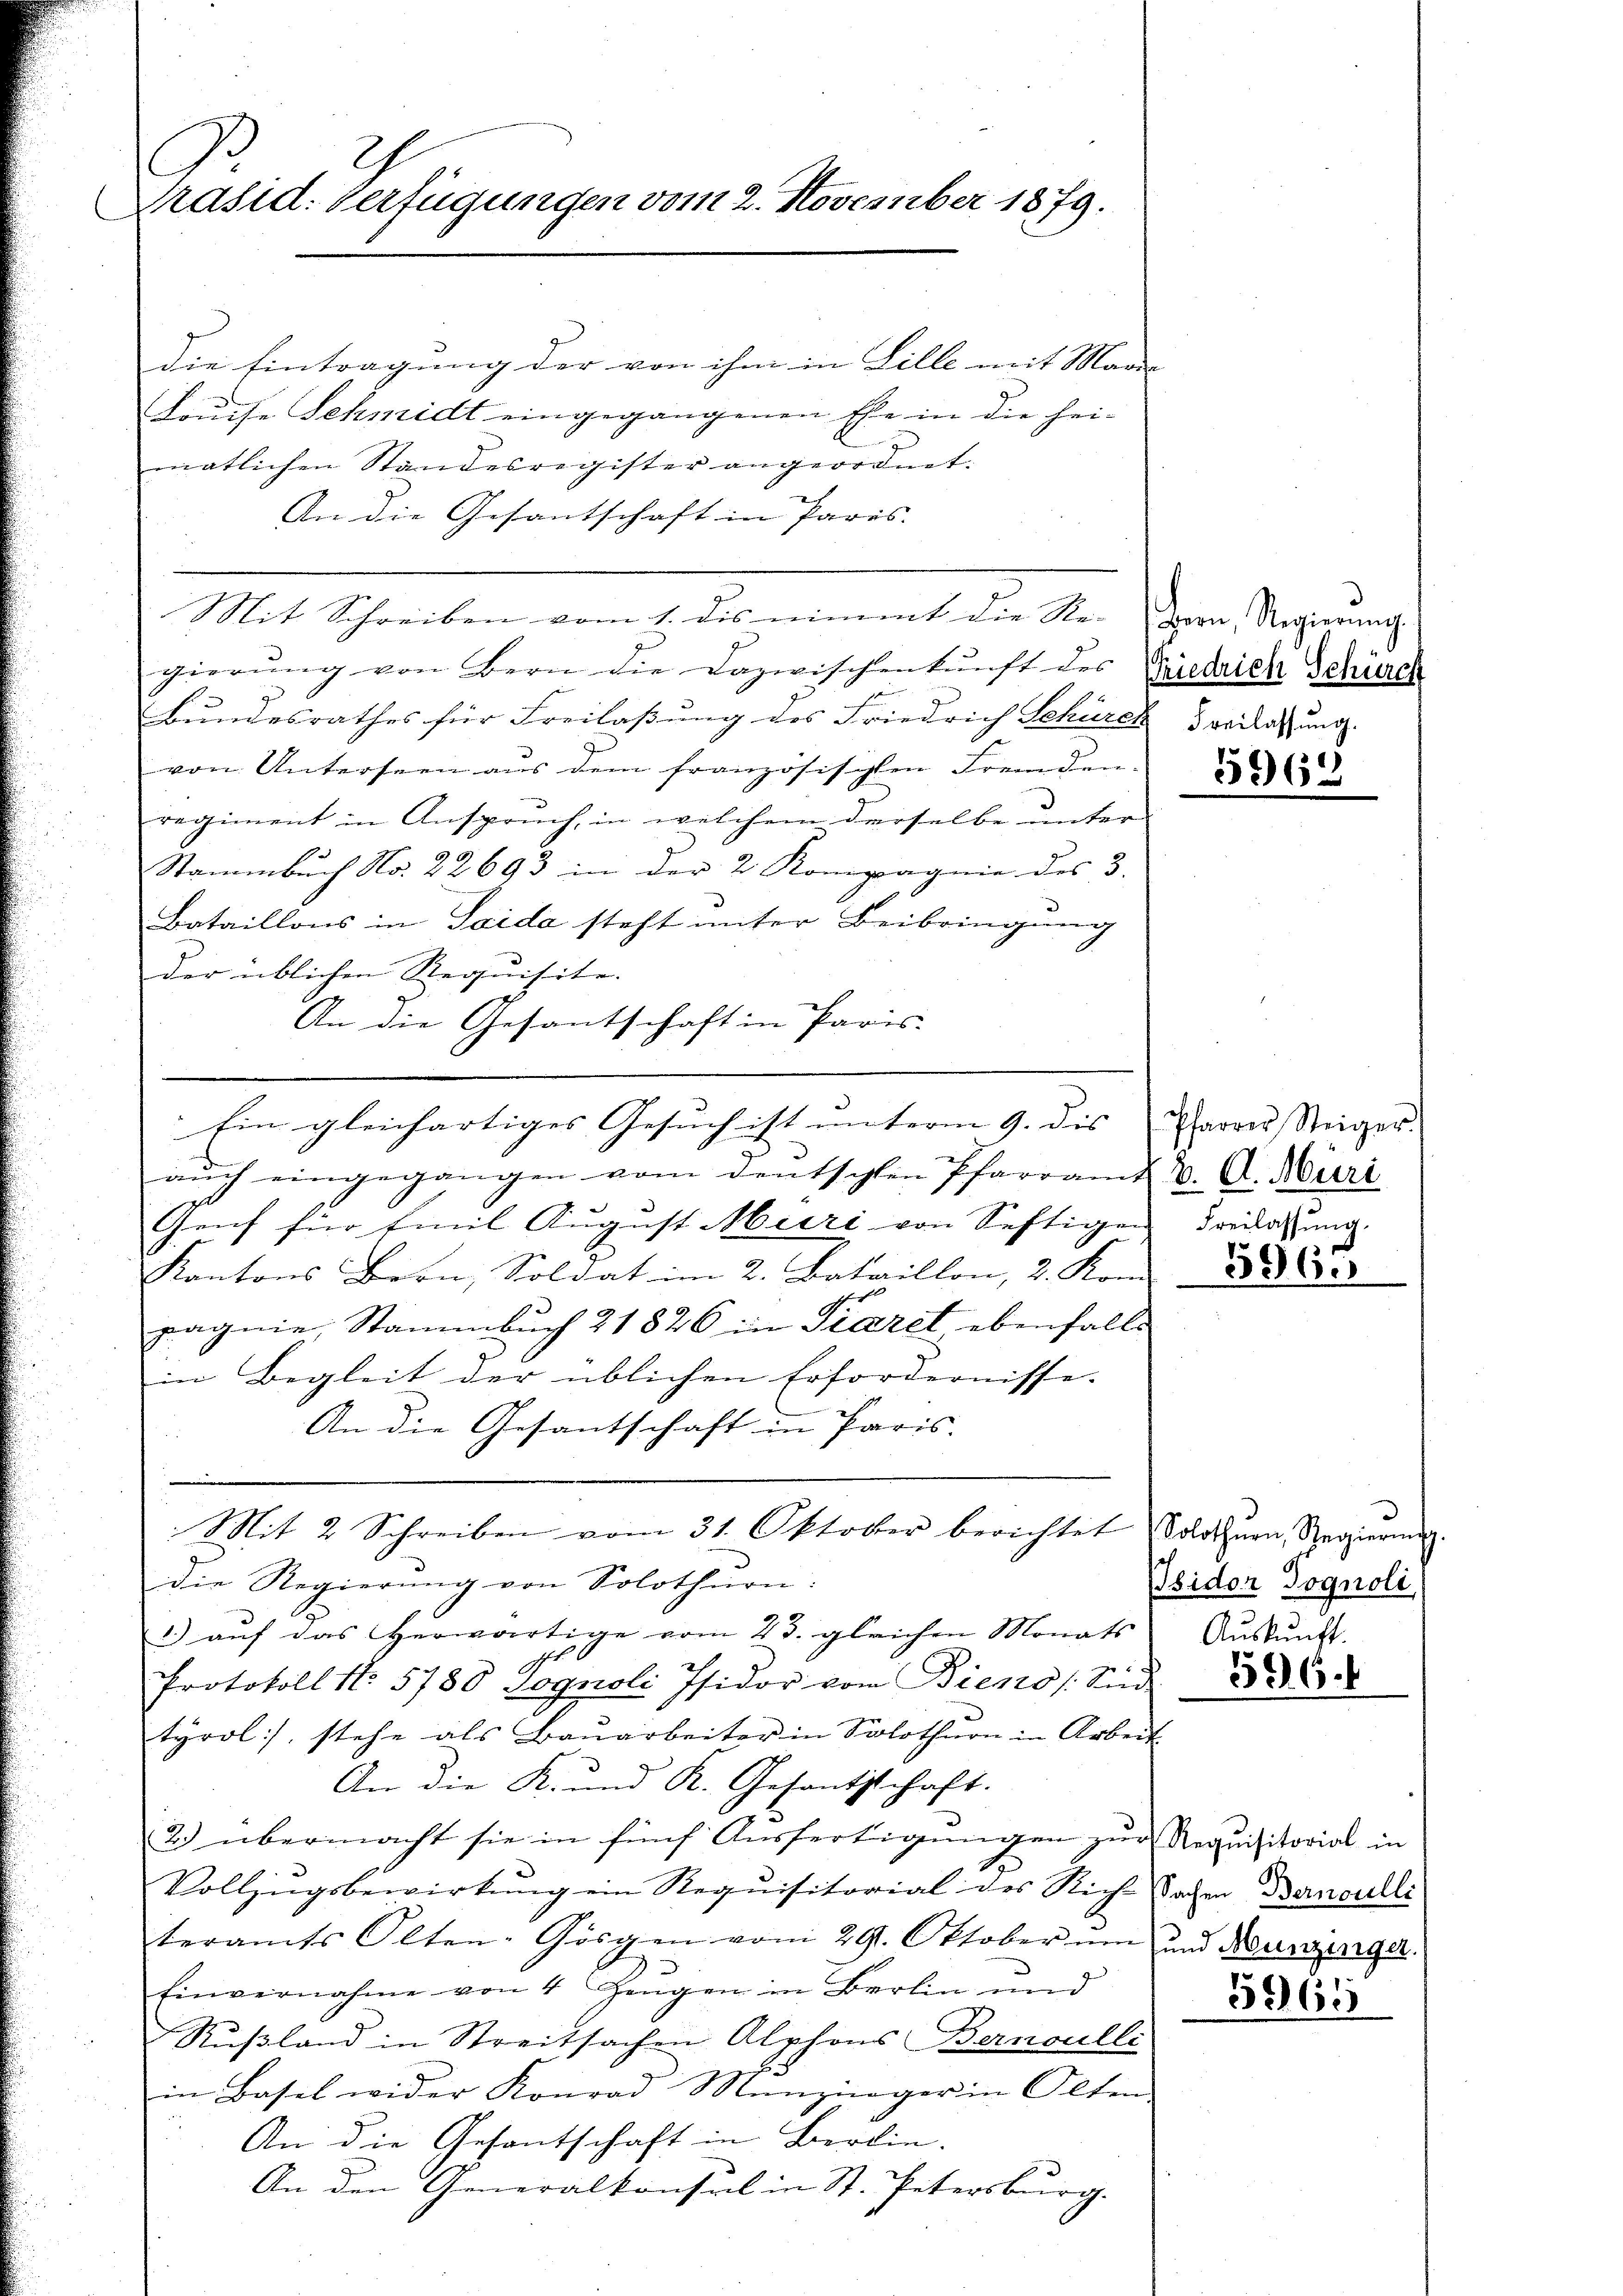
2
Präsid. Verfügungen vom 2. November 1879.

die Eintragung der von ihm in Lille mit Marie |
Laŭche Schmidt eingegangenen Ehe in die hei-
matlichen Standesregister angeordnet.
An die Gesantschaft in Paris.
Mit Schreiben vom 1. dis nimmt die Re-Dern. Regierung
gierung von Bern die Dazwischenkunft des Friedrich Schürch

Bundesrathes für Freilaßung des Friedrich Schürck verlaßung.
von Unterseen aus dem französischen Freunden-
regiment in Anspruch, in welchem derselbe unter
Stammbuch No. 22693 in der 2 Kompagnie des 3.
Bataillons in Saida steht unter Beibringung
der üblichen Requisite.
An die Gesantschaft in Paris-
aŭch eingegangen vom deutschen Pfarramt 2. A. Miri
Genf für Emil August Muri von Seftigen
Kantons Bern, Soldat im 2. Bataillon, 2. Kon
pagnie, Stammbuch 21826 in Piaret, ebenfalls
in Begleit der üblichen Erfordernisse.
An die Gesantschaft in Paris.
Mit 2 Schreiben vom 31. Oktober berichtet Solothurn, Regierung.
die Regierung von Solothurn.
1) auf das herwärtige vom 23. gleichen Monats
st 6
Protokoll No 5780 Fognoli Isidor vom Bieno /: Sin
tyrol, stehe als Bauarbeiter in Solothurn in Arbeit
An die K. und K. Gesantschaft.
2.) übermacht sie in fünf Ausfertigungen zur Requisitorial in
Vollzugsbewirkung ein Requisitorial des Rich Sachen Bernoulli
teramts Olten-Görgen vom 29. Oktober um und Neunzinger.
.
Einvernahme von 4 Hengen in Berlin und
Rußland in Streitsachen Alphons Bernoulli
in Basel wider Konrad Menzinger in Olten,
An die Gesantschaft in Berlin.
An den Generalkonsul in St. Petersburg.

Ein gleichartiges Gesuch ist unterm 9. des Pfarrer Steiger.

5962

Freilassung.

5536.

Isidor Pognoli
Auskunft.

336.

3665